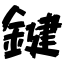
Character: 鍵